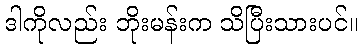
ဒါကိုလည်း ဘိုးမန်းက သိပြီးသားပင်။